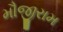
મૌજીરામ